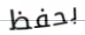
بحفظ